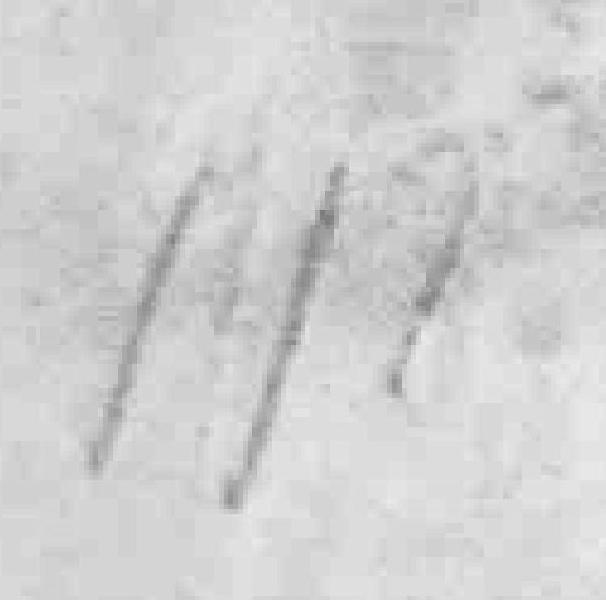
111